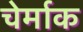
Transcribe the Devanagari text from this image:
चेर्माक